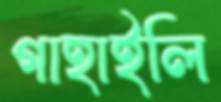
গাহাইলি